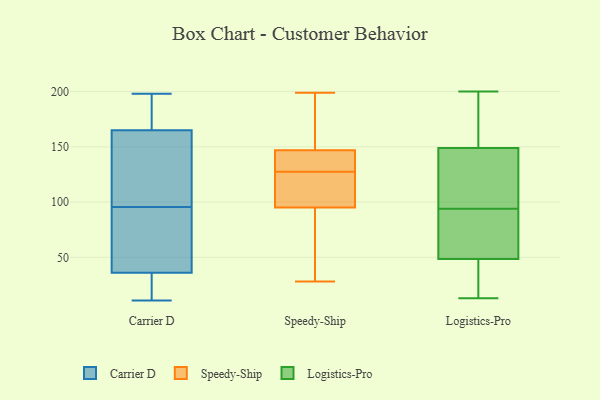
{"axis": {"x": "Satisfaction Score", "y": "Value"}, "legend": ["Carrier D", "Logistics-Pro", "Speedy-Ship"], "data": [{"x": "", "y": 156, "type": "Carrier D"}, {"x": "", "y": 62, "type": "Carrier D"}, {"x": "", "y": 88, "type": "Carrier D"}, {"x": "", "y": 17, "type": "Carrier D"}, {"x": "", "y": 103, "type": "Carrier D"}, {"x": "", "y": 192, "type": "Carrier D"}, {"x": "", "y": 43, "type": "Carrier D"}, {"x": "", "y": 29, "type": "Carrier D"}, {"x": "", "y": 11, "type": "Carrier D"}, {"x": "", "y": 174, "type": "Carrier D"}, {"x": "", "y": 198, "type": "Carrier D"}, {"x": "", "y": 123, "type": "Carrier D"}, {"x": "", "y": 28, "type": "Speedy-Ship"}, {"x": "", "y": 142, "type": "Speedy-Ship"}, {"x": "", "y": 136, "type": "Speedy-Ship"}, {"x": "", "y": 128, "type": "Speedy-Ship"}, {"x": "", "y": 161, "type": "Speedy-Ship"}, {"x": "", "y": 199, "type": "Speedy-Ship"}, {"x": "", "y": 47, "type": "Speedy-Ship"}, {"x": "", "y": 127, "type": "Speedy-Ship"}, {"x": "", "y": 147, "type": "Speedy-Ship"}, {"x": "", "y": 196, "type": "Speedy-Ship"}, {"x": "", "y": 95, "type": "Speedy-Ship"}, {"x": "", "y": 113, "type": "Speedy-Ship"}, {"x": "", "y": 37, "type": "Speedy-Ship"}, {"x": "", "y": 118, "type": "Speedy-Ship"}, {"x": "", "y": 96, "type": "Logistics-Pro"}, {"x": "", "y": 104, "type": "Logistics-Pro"}, {"x": "", "y": 92, "type": "Logistics-Pro"}, {"x": "", "y": 64, "type": "Logistics-Pro"}, {"x": "", "y": 129, "type": "Logistics-Pro"}, {"x": "", "y": 81, "type": "Logistics-Pro"}, {"x": "", "y": 169, "type": "Logistics-Pro"}, {"x": "", "y": 36, "type": "Logistics-Pro"}, {"x": "", "y": 179, "type": "Logistics-Pro"}, {"x": "", "y": 23, "type": "Logistics-Pro"}, {"x": "", "y": 21, "type": "Logistics-Pro"}, {"x": "", "y": 200, "type": "Logistics-Pro"}, {"x": "", "y": 13, "type": "Logistics-Pro"}, {"x": "", "y": 111, "type": "Logistics-Pro"}, {"x": "", "y": 197, "type": "Logistics-Pro"}, {"x": "", "y": 61, "type": "Logistics-Pro"}]}